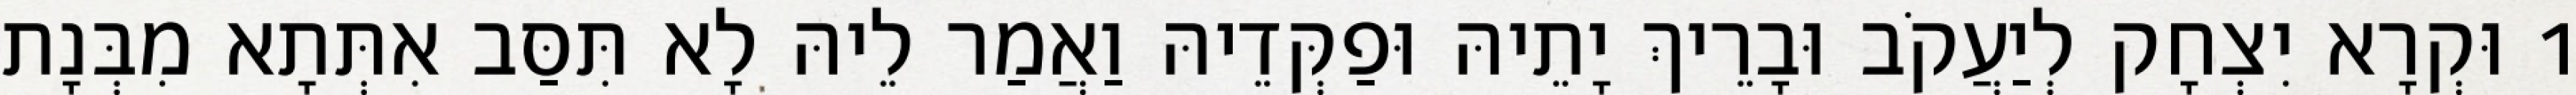
1 וּקְרָא יִצְחָק לְיַעֲקֹב וּבָרֵיךְ יָתֵיהּ וּפַקְּדֵיהּ וַאֲמַר לֵיהּ לָא תִּסַּב אִתְּתָא מִבְּנָת